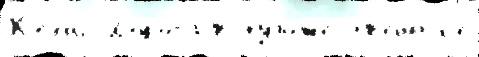
К'елл'и Дорога в худо́жеств'енныjе